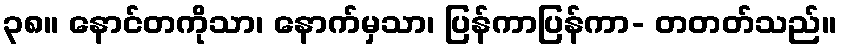
၃၈။ နောင်တကိုသာ၊ နောက်မှသာ၊ ပြန်ကာပြန်ကာ- တတတ်သည်။